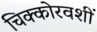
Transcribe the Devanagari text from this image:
चिक्कोरवशीं